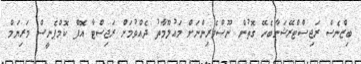
ބިޒްނެސް ރަޖިސްޓްރޭޝަނާބެހޭ ގޮތުން ނޫސްވެރިންނަށް މައުލޫމާތު ދެއްވުމަށް ރަޖިސްޓާ އޮފް ކޮމްޕެނީސް މަރިޔަމް